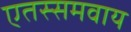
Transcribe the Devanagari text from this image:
एतस्समवाय